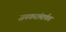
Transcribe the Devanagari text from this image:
जयकरांमार्फत